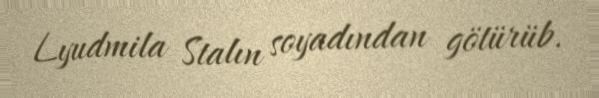
Lyudmila Stalın soyadından götürüb.